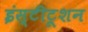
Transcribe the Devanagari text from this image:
इंस्टीटूशन